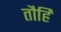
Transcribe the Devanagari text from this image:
तौहि